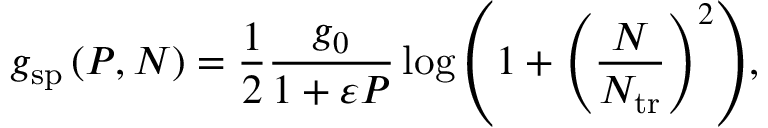
g _ { \mathrm { s p } } \left( P , N \right) = \frac { 1 } { 2 } \frac { g _ { 0 } } { 1 + \varepsilon P } \log { \left( 1 + \left( \frac { N } { N _ { \mathrm { t r } } } \right) ^ { 2 } \right) } ,